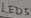
Text: LED5